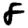
Digit: 8